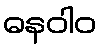
ဓနဝါဝ